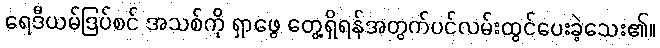
ရေဒီယမ်ဒြပ်စင် အသစ်ကို ရှာဖွေ တွေ့ရှိရန်အတွက်ပင်လမ်းထွင်ပေးခဲ့သေး၏။